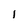
Character: l